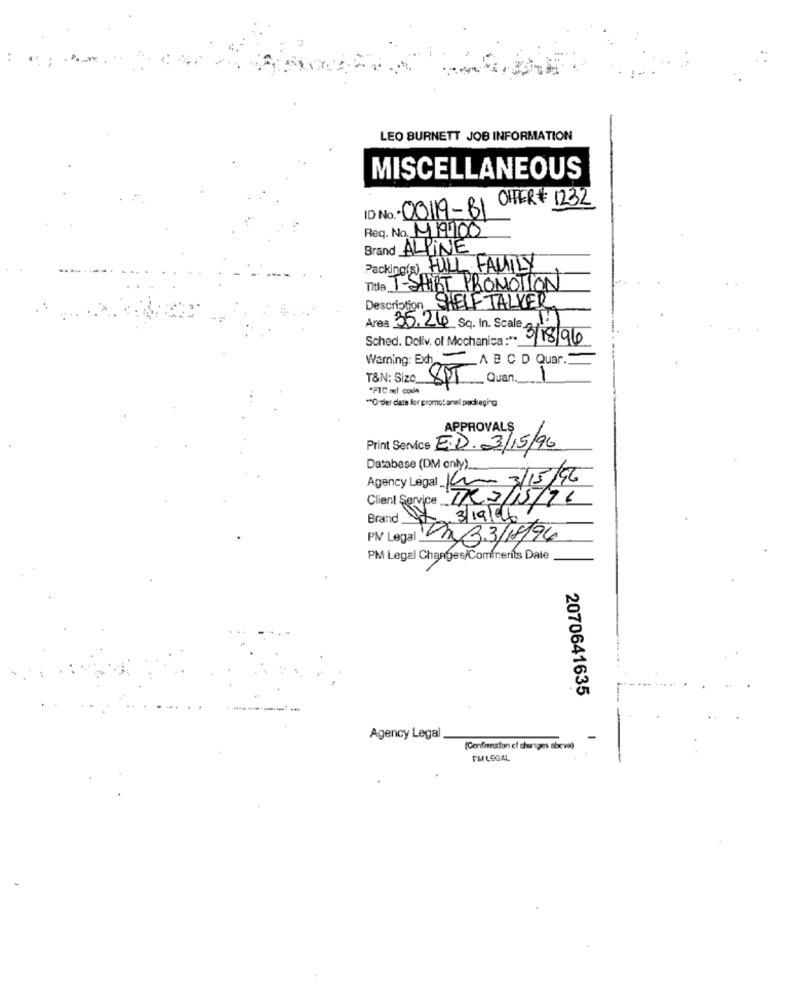
LEO BURNETT JOB INFORMATION
MISCELLANEOUS
ID No. 00119-BI OFFER # 1232
Req. No. 419100
Brand ALPINE
Packing(s) FULL FAMILY
Title T-SHIRT PROMOTION
Description SHELF TALVER
Área 35.26 Sq. In. Scale 21
Sched. Dollv. of Mechanica :**_
3/18/96
Warning: Exh
A B C D Quar."
T&N: Size 8PT
Quan. 1
*PTC nel coule
""Order date lor promotoral packaging
APPROVALS
Print Service E.D. 3/15/96
Database (DM only).
Agency Legal Ki 3/15/96
TI3/15/96
Client Service ..
Brand x 3/19/04/
PIV Legal La 33/18/96
PM Legal Changes/Comfrerits Dale
2070641635
Agency Legal
-
(Confirmation el changes abeva)
FAI LEGAL